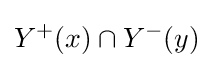
Y^{+}(x)\cap Y^{-}(y)